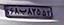
۶۸ب۸۲۵۵۳